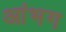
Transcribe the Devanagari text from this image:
आंभग